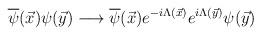
LaTeX: \begin{align*}\overline{\psi}(\vec{x})\psi(\vec{y}) \longrightarrow \overline{\psi}(\vec{x}) e^{-i\Lambda(\vec{x})} e^{i\Lambda(\vec{y})}\psi(\vec{y})\end{align*}